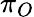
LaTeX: \pi_{O}